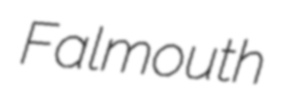
Falmouth